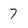
Character: 7